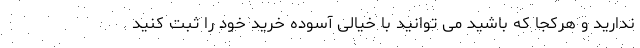
ندارید و هرکجا که باشید می توانید با خیالی آسوده خرید خود را ثبت کنید